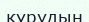
кұрудың